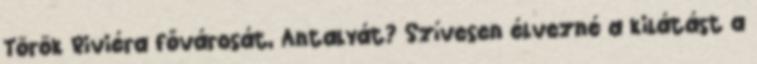
Török Riviéra fővárosát, Antalyát? Szívesen élvezné a kilátást a